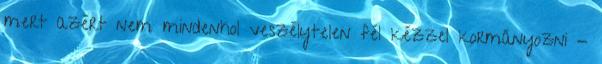
mert azért nem mindenhol veszélytelen fél kézzel kormányozni -